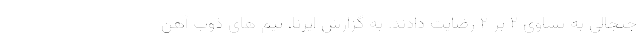
جنجالی به تساوی ۲ بر ۲ رضایت دادند. به گزارش ایرنا، تیم های ذوب آهن